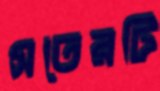
সতেরটি